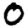
Digit: 0